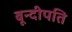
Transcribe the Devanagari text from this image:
बून्दीपति